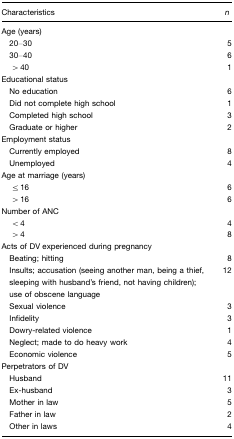
| Characteristics | n |
 | --- | --- |
 | Age (years) |  |
 | 20–30 | 5 |
 | 30–40 | 6 |
 | >40 | 1 |
 | Educational status |  |
 | No education | 6 |
 | Did not complete high school | 1 |
 | Completed high school | 3 |
 | Graduate or higher | 2 |
 | Employment status |  |
 | Currently employed | 8 |
 | Unemployed | 4 |
 | Age at marriage (years) |  |
 | ≤16 | 6 |
 | >16 | 6 |
 | Number of ANC |  |
 | <4 | 4 |
 | >4 | 8 |
 | Acts of DV experienced during pregnancy |  |
 | Beating; hitting | 8 |
 | Insults; accusation (seeing another man, being a thief, sleeping with husband's friend, not having children); use of obscene language | 12 |
 | Sexual violence | 3 |
 | Infidelity | 3 |
 | Dowry-related violence | 1 |
 | Neglect; made to do heavy work | 4 |
 | Economic violence | 5 |
 | Perpetrators of DV |  |
 | Husband | 11 |
 | Ex-husband | 3 |
 | Mother in law | 5 |
 | Father in law | 2 |
 | Other in laws | 4 |